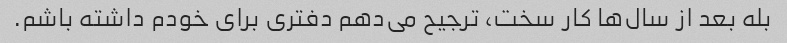
بله بعد از سال‌ها کار سخت، ترجیح می‌دهم دفتری برای خودم داشته باشم.